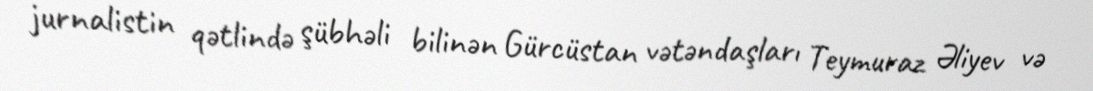
jurnalistin qətlində şübhəli bilinən Gürcüstan vətəndaşları Teymuraz Əliyev və